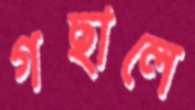
গছালে